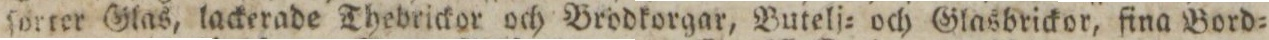
ſorter Glas, lackerade Thebrickor och Brödkorgar, Butelj= och Glasbrickor, fina Bord=